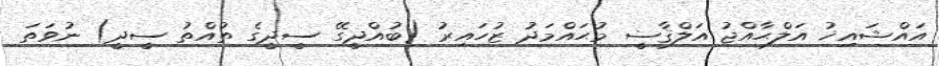
އައްޝައިޚު އަލްޙާއްޖު އަލްޤާޟީ މުޙައްމަދު ޒުހައިރު (ބުއްދީގޭ ސީދީގެ ތުއްތު ސީދީ) ނުވަތަ